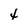
Character: 4